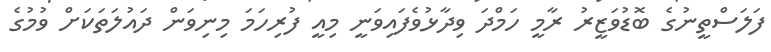
ފަލަސްތީނުގެ ބޮޑުވަޒީރު ރާމީ ހަމްދަ ވިދާޅުވެފައިވަނީ މިއީ ފުރިހަމަ މިނިވަން ދައުލަތަކަށް ވުމުގެ